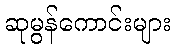
ဆုမွန်ကောင်းများ